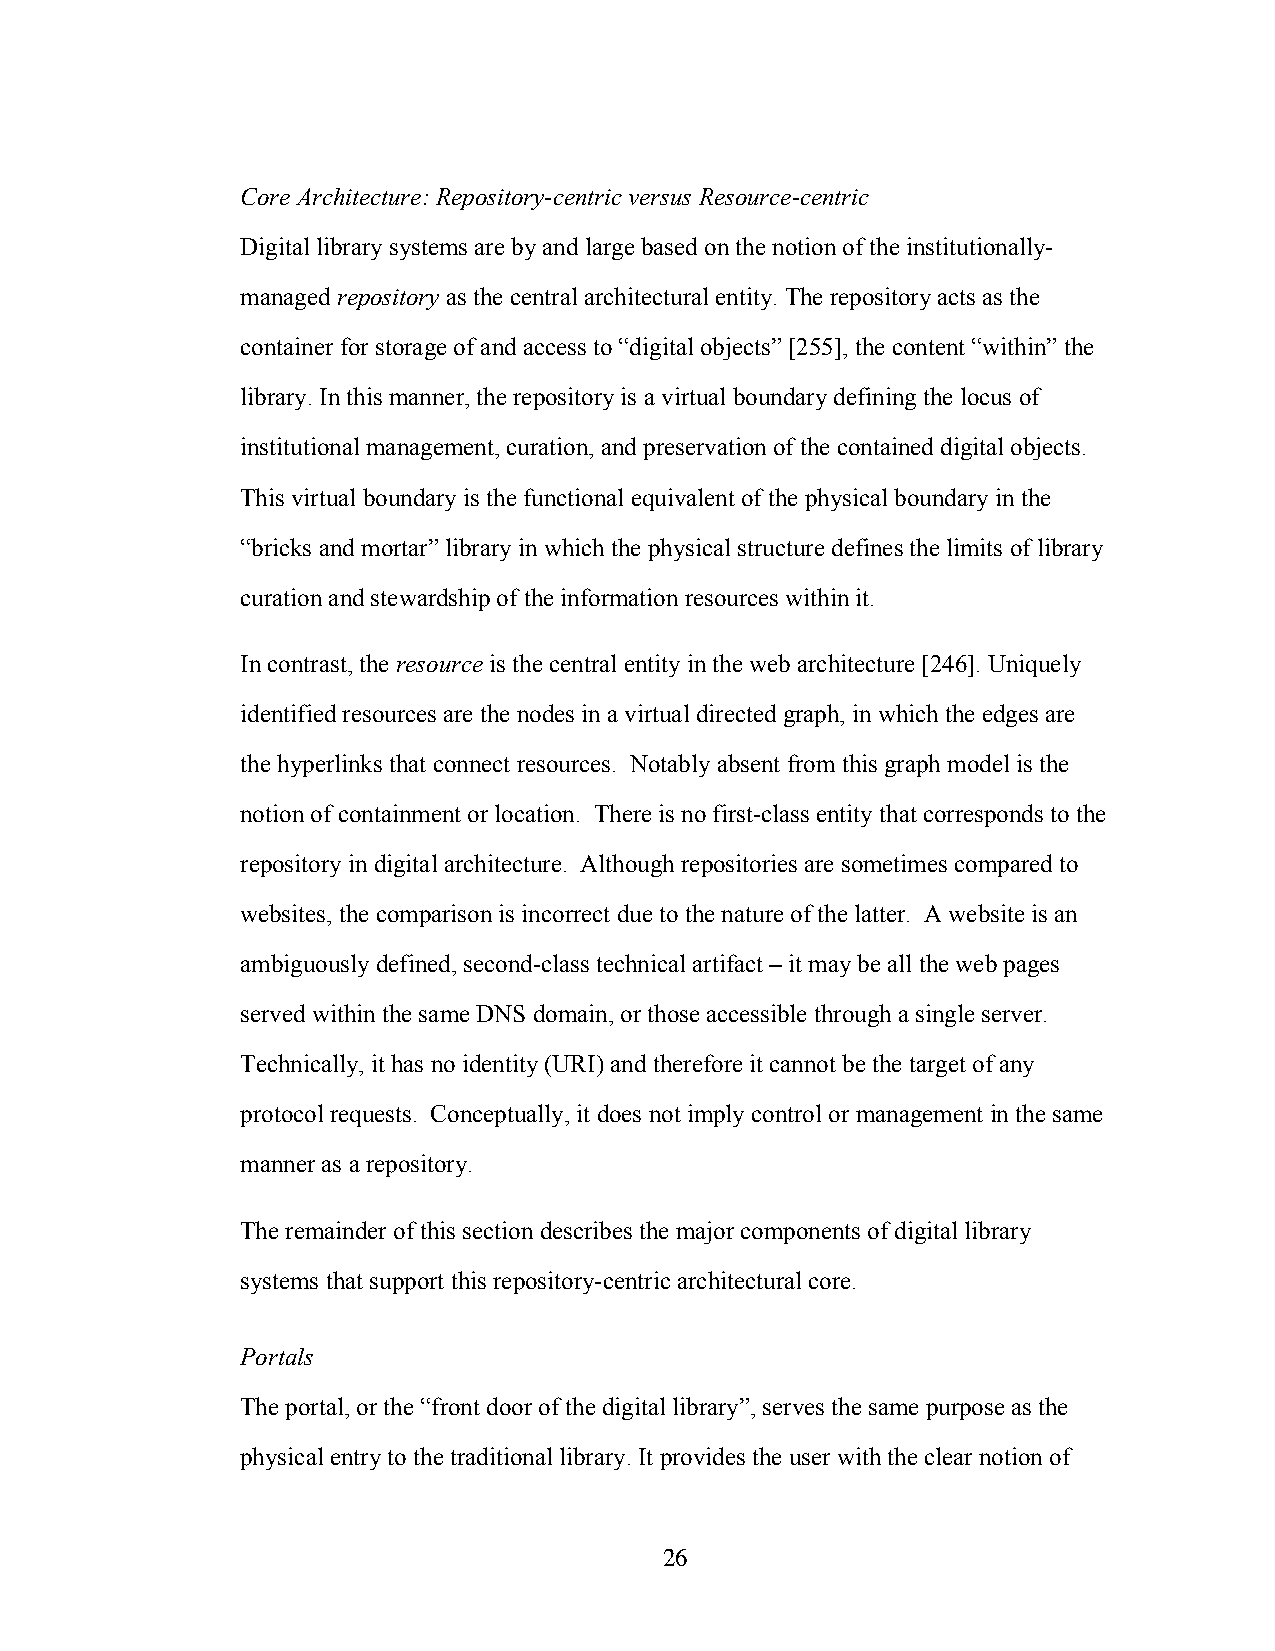
Core Architecture: Repository-centric versus Resource-centric
 Digital library systems are by and large based on the notion of the institutionally-
 managed repository as the central architectural entity. The repository acts as the
 container for storage of and access to “digital objects” [255], the content “within” the
 library. In this manner, the repository is a virtual boundary defining the locus of
 institutional management, curation, and preservation of the contained digital objects.
 This virtual boundary is the functional equivalent of the physical boundary in the
 “bricks and mortar” library in which the physical structure defines the limits of library
 curation and stewardship of the information resources within it.
 In contrast, the resource is the central entity in the web architecture [246]. Uniquely
 identified resources are the nodes in a virtual directed graph, in which the edges are
 the hyperlinks that connect resources. Notably absent from this graph model is the
 notion of containment or location. There is no first-class entity that corresponds to the
 repository in digital architecture. Although repositories are sometimes compared to
 websites, the comparison is incorrect due to the nature of the latter. A website is an
 ambiguously defined, second-class technical artifact – it may be all the web pages
 served within the same DNS domain, or those accessible through a single server.
 Technically, it has no identity (URI) and therefore it cannot be the target of any
 protocol requests. Conceptually, it does not imply control or management in the same
 manner as a repository.
 The remainder of this section describes the major components of digital library
 systems that support this repository-centric architectural core.
 Portals
 The portal, or the “front door of the digital library”, serves the same purpose as the
 physical entry to the traditional library. It provides the user with the clear notion of
 26